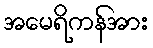
အမေရိကန်အား